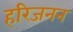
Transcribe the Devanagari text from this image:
हरिजनन